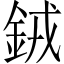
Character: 𬫍